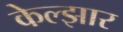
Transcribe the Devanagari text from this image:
केल्झार